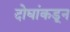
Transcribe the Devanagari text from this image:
दोघांकडून